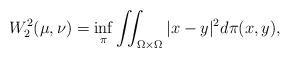
LaTeX: \begin{align*}W_2^2(\mu,\nu)=\underset{\pi}{\inf}\iint_{\Omega\times\Omega}\vert x-y\vert^2d\pi(x,y),\end{align*}